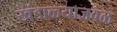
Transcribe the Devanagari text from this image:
खंडाळ्याजवळ